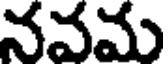
నవమ